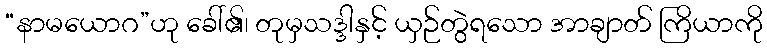
“နာမယောဂ”ဟု ခေါ်၏၊ တုမှသဒ္ဒါနှင့် ယှဉ်တွဲရသော အာချာတ် ကြိယာကို